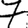
Digit: 7